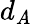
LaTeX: d_{\mathit{A}}